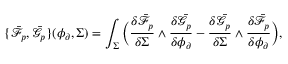
\{ \bar { \mathcal { F } } _ { p } , \bar { \mathcal { G } } _ { p } \} ( \phi _ { \partial } , \Sigma ) = \int _ { \Sigma } \Big ( \frac { \delta \bar { \mathcal { F } } _ { p } } { \delta \Sigma } \wedge \frac { \delta \bar { \mathcal { G } } _ { p } } { \delta \phi _ { \partial } } - \frac { \delta \bar { \mathcal { G } } _ { p } } { \delta \Sigma } \wedge \frac { \delta \bar { \mathcal { F } } _ { p } } { \delta \phi _ { \partial } } \Big ) ,